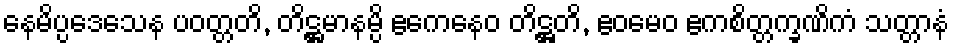
နေမိပ္ပဒေသေန ပဝတ္တတိ, တိဋ္ဌမာနမ္ပိ ဧကေနေဝ တိဋ္ဌတိ, ဧဝမေဝ ဧကစိတ္တက္ခဏိကံ သတ္တာနံ